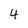
Character: 4